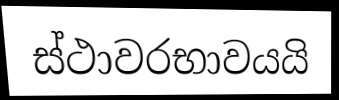
ස්ථාවරභාවයයි